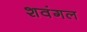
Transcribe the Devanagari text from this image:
शवंगल